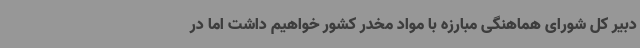
دبیر کل شورای هماهنگی مبارزه با مواد مخدر کشور خواهیم داشت اما در